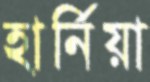
হার্নিয়া